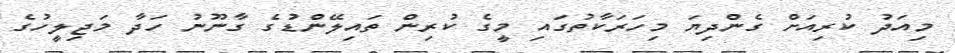
މިއަދު ކުރިއަށް ގެންދިޔަ މިހަރަކާތުގައި މީގެ ކުރިން ތައިލޭންޑުގެ ގާނޫނު ހަދާ މަޖިލީހުގެ